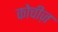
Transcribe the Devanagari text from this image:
कोचीज़